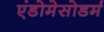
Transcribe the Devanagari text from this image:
एंडोमेसोडर्म